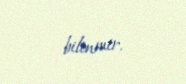
bilinmir.